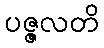
ပဇ္ဇလတိ